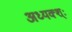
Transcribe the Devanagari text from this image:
अध्यक्श्ः